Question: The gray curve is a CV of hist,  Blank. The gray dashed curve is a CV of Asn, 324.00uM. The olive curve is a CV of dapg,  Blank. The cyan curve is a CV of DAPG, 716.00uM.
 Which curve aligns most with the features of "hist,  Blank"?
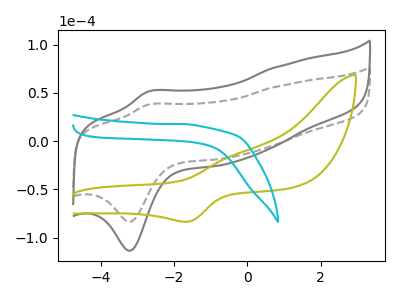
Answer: <think>The gray curve "hist,  Blank" has an anodic peak at (-2.70V, 51.20uA) and a cathodic peak at (-3.20V, -113.50uA). The gray dashed curve "Asn, 324.00uM" has an anodic peak at (-2.70V, 37.65uA) and a cathodic peak at (-3.20V, -83.50uA). The olive curve "dapg,  Blank" has an anodic peak at (-0.45V, -15.80uA) and a cathodic peak at (-1.65V, -83.50uA). The cyan curve "DAPG, 716.00uM" has no peaks.
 All the peaks in "hist,  Blank" have a peak in "Asn, 324.00uM" at the same potential. Every peak in "hist,  Blank" is higher than every peak in "Asn, 324.00uM". "hist,  Blank" and "dapg,  Blank" have at least one peak that do not match. "hist,  Blank" and "DAPG, 716.00uM" have a different number of peaks. "Asn, 324.00uM" and "dapg,  Blank" have at least one peak that do not match. "Asn, 324.00uM" and "DAPG, 716.00uM" have a different number of peaks. "dapg,  Blank" and "DAPG, 716.00uM" have a different number of peaks.</think>
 <answer>The CV with the most similar shape to "Asn, 324.00uM" is "hist,  Blank".</answer>
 <eval>"hist,  Blank"</eval>